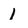
Character: 1